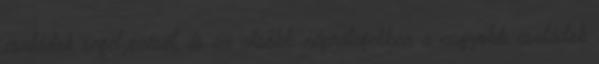
családok segélyezését, és az alsóbb néprétegekben a nagyobb családok